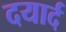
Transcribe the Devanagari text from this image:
दयार्द